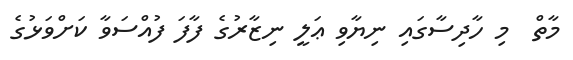
މާތް  މި ހާދިސާގައި ނިޔާވި ޢަލީ ނިޒާރުގެ ފާފަ ފުއްސަވާ ކަށްވަޅުގެ